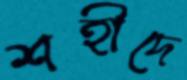
শহীদে